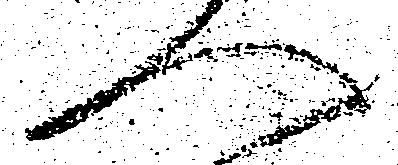
へ